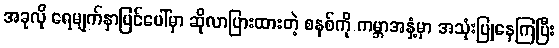
အခုလို ရေမျက်နှာပြင်ပေါ်မှာ ဆိုလာပြားထားတဲ့ စနစ်ကို ကမ္ဘာအနှံ့မှာ အသုံးပြုနေကြပြီး